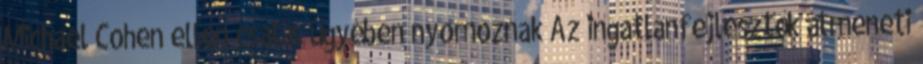
Michael Cohen ellen csalás ügyében nyomoznak Az ingatlanfejlesztők átmeneti